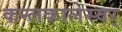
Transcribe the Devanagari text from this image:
कन्लकालेस्वर्